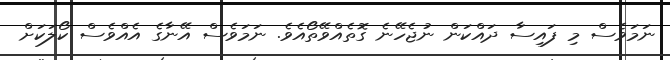
ނަމަވެސް މި ފައިސާ ދައްކަން ނުޖެހޭނެ ގޮތެއްވޭތޯއެވެ. ނަމަވެސް އޭނާގެ އެއްވެސް ކޯލަކަށް